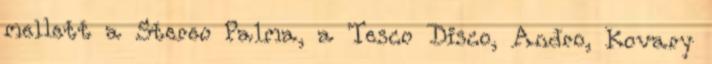
mellett a Stereo Palma, a Tesco Disco, Andro, Kovary